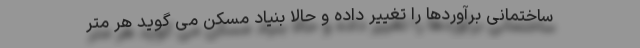
ساختمانی برآوردها را تغییر داده و حالا بنیاد مسکن می گوید هر متر